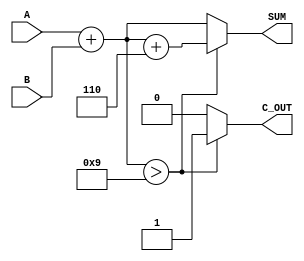
module BCD_Redundant_Binary_Adder (
    input  [3:0] A,          // BCD input A
    input  [3:0] B,          // BCD input B
    output reg [3:0] SUM,     // BCD output
    output reg C_OUT          // Carry out signal
);

    wire [4:0] sum;          // 5-bit sum to accommodate carry
    wire correction;          // Correction flag

    // Step 1: Perform the addition of the two BCD inputs
    assign sum = A + B;

    // Step 2: Determine if correction is needed (if sum > 9)
    assign correction = sum[3:0] > 4'b1001; // Check if the lower 4 bits are greater than 9

    always @(*) begin
        if (correction) begin
            // Apply correction by adding 6 (0110)
            SUM = sum + 4'b0110;
            C_OUT = 1; // Set the carry out if correction was needed
        end else begin
            SUM = sum[3:0]; // No correction needed
            C_OUT = 0; // No carry out
        end
    end

endmodule